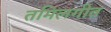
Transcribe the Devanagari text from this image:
तमिलगीत